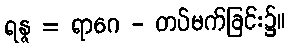
ရန္ဇ = ရာဂေ - တပ်မက်ခြင်း၌။